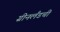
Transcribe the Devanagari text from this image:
ग्रीनलँडची